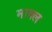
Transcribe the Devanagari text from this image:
माक्ल